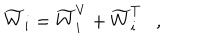
LaTeX: \widetilde { W } _ { i } = \widetilde { W } _ { i } ^ { V } + \widetilde { W } _ { i } ^ { T } ,